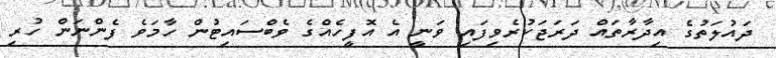
ދައުލަތުގެ އިދާރާތައް ދަރަޖަކުރެވިފައި ވަނީ އެ އޮފީހެއްގެ ވެބްސައިޓުން ހާމަވެ ފެންނަން ހުރި